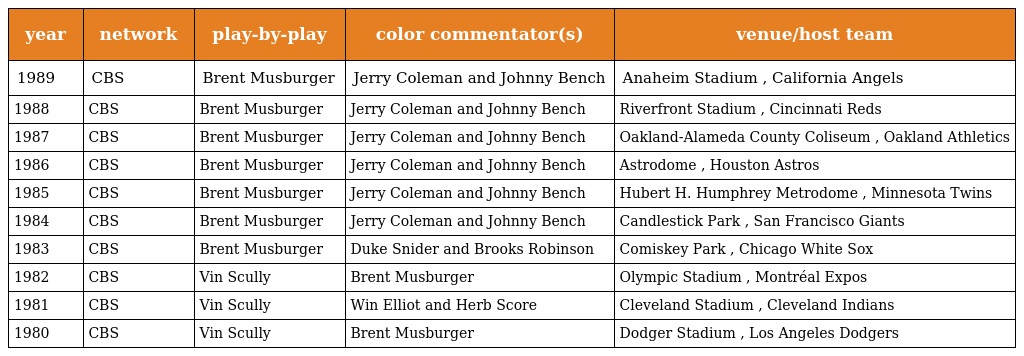
| year | network | play-by-play | color commentator(s) | venue/host team |
 | --- | --- | --- | --- | --- |
 | 1989 | CBS | Brent Musburger | Jerry Coleman and Johnny Bench | Anaheim Stadium , California Angels |
 | 1988 | CBS | Brent Musburger | Jerry Coleman and Johnny Bench | Riverfront Stadium , Cincinnati Reds |
 | 1987 | CBS | Brent Musburger | Jerry Coleman and Johnny Bench | Oakland-Alameda County Coliseum , Oakland Athletics |
 | 1986 | CBS | Brent Musburger | Jerry Coleman and Johnny Bench | Astrodome , Houston Astros |
 | 1985 | CBS | Brent Musburger | Jerry Coleman and Johnny Bench | Hubert H. Humphrey Metrodome , Minnesota Twins |
 | 1984 | CBS | Brent Musburger | Jerry Coleman and Johnny Bench | Candlestick Park , San Francisco Giants |
 | 1983 | CBS | Brent Musburger | Duke Snider and Brooks Robinson | Comiskey Park , Chicago White Sox |
 | 1982 | CBS | Vin Scully | Brent Musburger | Olympic Stadium , Montréal Expos |
 | 1981 | CBS | Vin Scully | Win Elliot and Herb Score | Cleveland Stadium , Cleveland Indians |
 | 1980 | CBS | Vin Scully | Brent Musburger | Dodger Stadium , Los Angeles Dodgers |